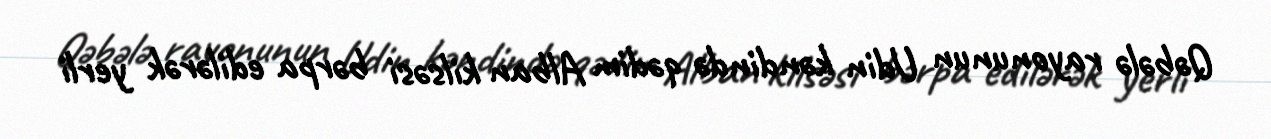
Qəbələ rayonunun Udin kəndində qədim Alban kilsəsi bərpa edilərək yerli